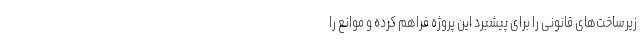
زیرساخت‌های قانونی را برای پیشبرد این پروژه فراهم کرده و موانع را